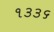
૧૩૩૬